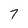
Character: 7